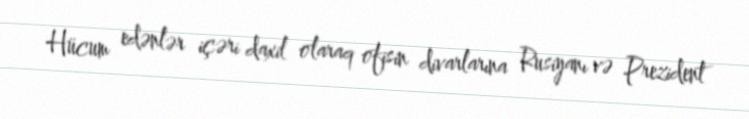
Hücum edənlər içəri daxil olaraq ofisin divarlarına Rusiyanı və Prezident